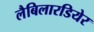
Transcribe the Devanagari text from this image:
लैबिलारडियेर